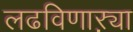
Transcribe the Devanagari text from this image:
लढविणाऱ्या